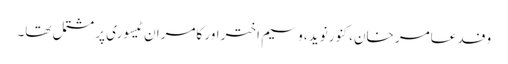
وفد عامر خان، کنور نوید، وسیم اختر اور کامران ٹیسوری پر مشتمل تھا۔